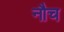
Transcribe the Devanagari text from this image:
नौच